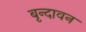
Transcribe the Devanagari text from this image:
बृन्दावन